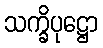
သက္ခိပုဋ္ဌော